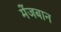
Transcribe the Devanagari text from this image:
मेंजबान